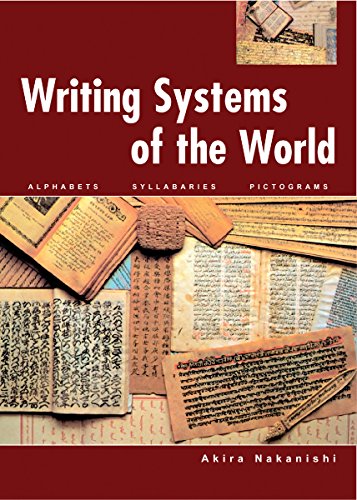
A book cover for Writing Systems of the World: Alphabets, Syllabaries, Pictograms; Akira Nakanishi; Reference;